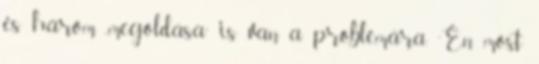
és három „megoldása” is van a problémára. ”Én most